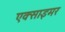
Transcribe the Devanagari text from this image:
एक्‍साइमर